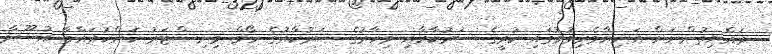
ރައްޔިތުންނަށް އަނިޔާވެރިވުމުގައި ކުރީގެ ސަރުކާރާއި މިހާރުގެ ސަރުކާރުގެ ހޯމް މިނިސްޓަރު ކަންކުރައްވާ އުސޫލާ